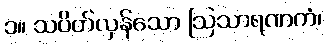
၁။ သပိတ်လှန်သော ဩသာရဏကံ၊